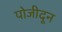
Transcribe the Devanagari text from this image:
पोजीदून